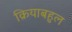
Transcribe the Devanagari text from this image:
क्रियाबहुल